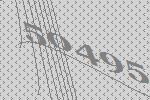
50495